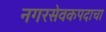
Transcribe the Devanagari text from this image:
नगरसेवकपदाचा